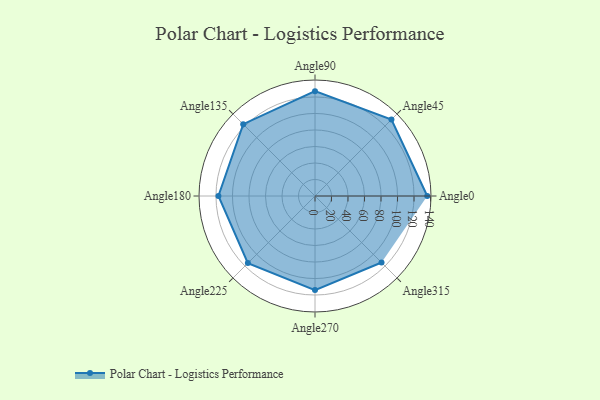
{"axis": {"x": "Angle", "y": "Radius"}, "legend": [""], "data": [{"x": "Angle0", "y": 136.0, "type": ""}, {"x": "Angle45", "y": 131.0, "type": ""}, {"x": "Angle90", "y": 127.0, "type": ""}, {"x": "Angle135", "y": 123.0, "type": ""}, {"x": "Angle180", "y": 117.0, "type": ""}, {"x": "Angle225", "y": 115.0, "type": ""}, {"x": "Angle270", "y": 114.0, "type": ""}, {"x": "Angle315", "y": 114.0, "type": ""}]}